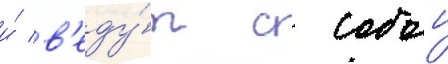
и́ в'еду́т с собои